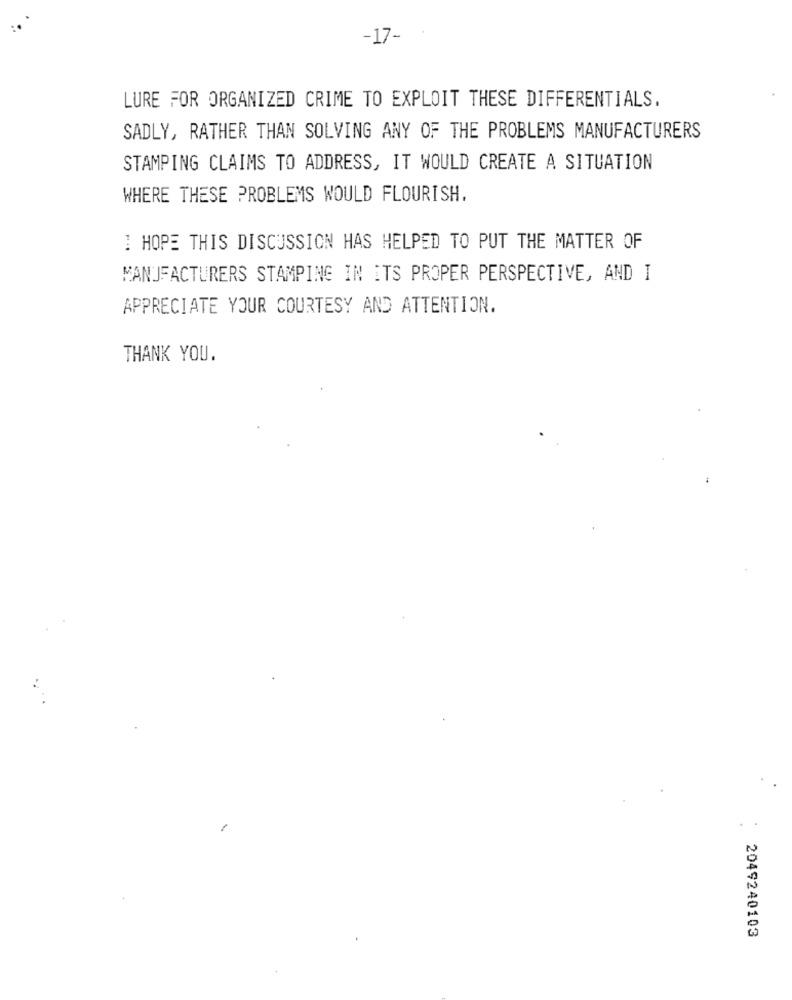
-17-
LURE FOR ORGANIZED CRIME TO EXPLOIT THESE DIFFERENTIALS.
SADLY, RATHER THAN SOLVING ANY OF THE PROBLEMS MANUFACTURERS
STAMPING CLAIMS TO ADDRESS, IT WOULD CREATE A SITUATION
WHERE THESE PROBLEMS WOULD FLOURISH.
I HOPE THIS DISCUSSION HAS HELPED TO PUT THE MATTER OF
MANUFACTURERS STAMPING IN ITS PROPER PERSPECTIVE, AND I
APPRECIATE YOUR COURTESY AND ATTENTION.
THANK YOU.
2049240103